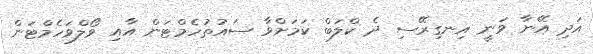
އަދި އޭނާ ވަނީ އިނގިރޭސި ދެ ކްލަބް ކަމަށްވާ ސައުތުހެމްޓަން އާއި ވޯލްވަހެމްޓަން